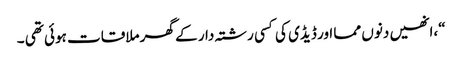
“،انھیں دنوں مما اور ڈیڈی کی کسی رشتہ دار کے گھر ملاقات ہوئی تھی ۔